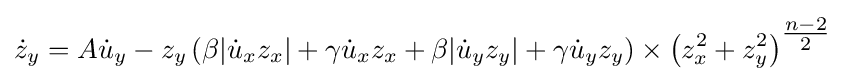
{\dot {z}}_{y}=A{\dot {u}}_{y}-z_{y}\left(\beta |{\dot {u}}_{x}z_{x}|+\gamma {\dot {u}}_{x}z_{x}+\beta |{\dot {u}}_{y}z_{y}|+\gamma {\dot {u}}_{y}z_{y}\right)\times \left({z_{x}^{2}+z_{y}^{2}}\right)^{\tfrac {n-2}{2}}